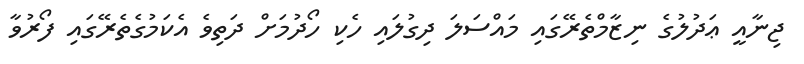
ޖިނާއީ ޢަަދުލުގެ ނިޒާމްތެރޭގައި މައްސަލަ ދިގުލައި ހެކި ހޯދުމަށް ދަތިވެ އެކަމުގެތެރޭގައި ފޯރުވާ